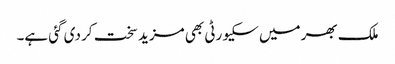
ملک بھر میں سکیورٹی بھی مزید سخت کر دی گئی ہے۔